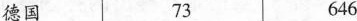
德国 73 646